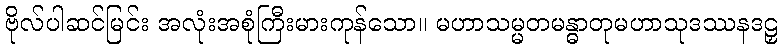
ဗိုလ်ပါဆင်မြင်း အလုံးအစုံကြီးမားကုန်သော။ မဟာသမ္မတမန္ဓာတုမဟာသုဒဿနဒဠှ